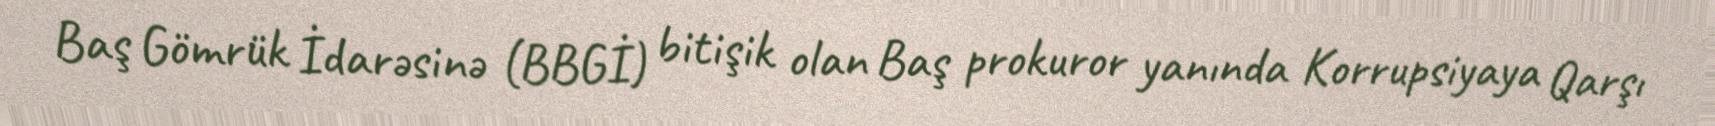
Baş Gömrük İdarəsinə (BBGİ) bitişik olan Baş prokuror yanında Korrupsiyaya Qarşı